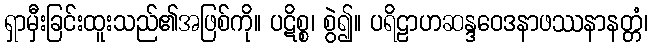
ရှာမှီးခြင်းထူးသည်၏အဖြစ်ကို။ ပဋိစ္စ၊ စွဲ၍။ ပရိဠာဟဆန္ဒဝေဒနာဖဿနာနတ္တံ၊